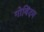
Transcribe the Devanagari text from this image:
गोविंदम